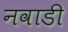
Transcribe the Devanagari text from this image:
नवाडी